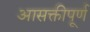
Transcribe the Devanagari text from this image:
आसक्तीपूर्ण